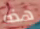
هذه